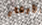
الأبقار